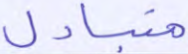
متبادل